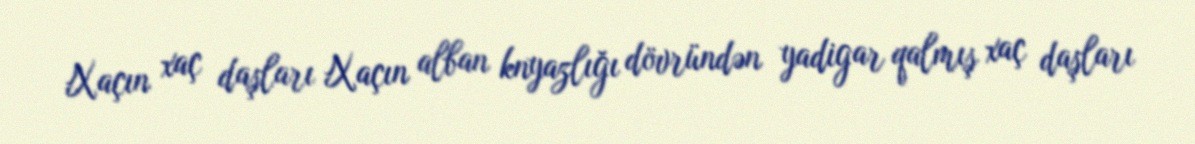
Xaçın xaç daşları Xaçın alban knyazlığı dövründən yadigar qalmış xaç daşları